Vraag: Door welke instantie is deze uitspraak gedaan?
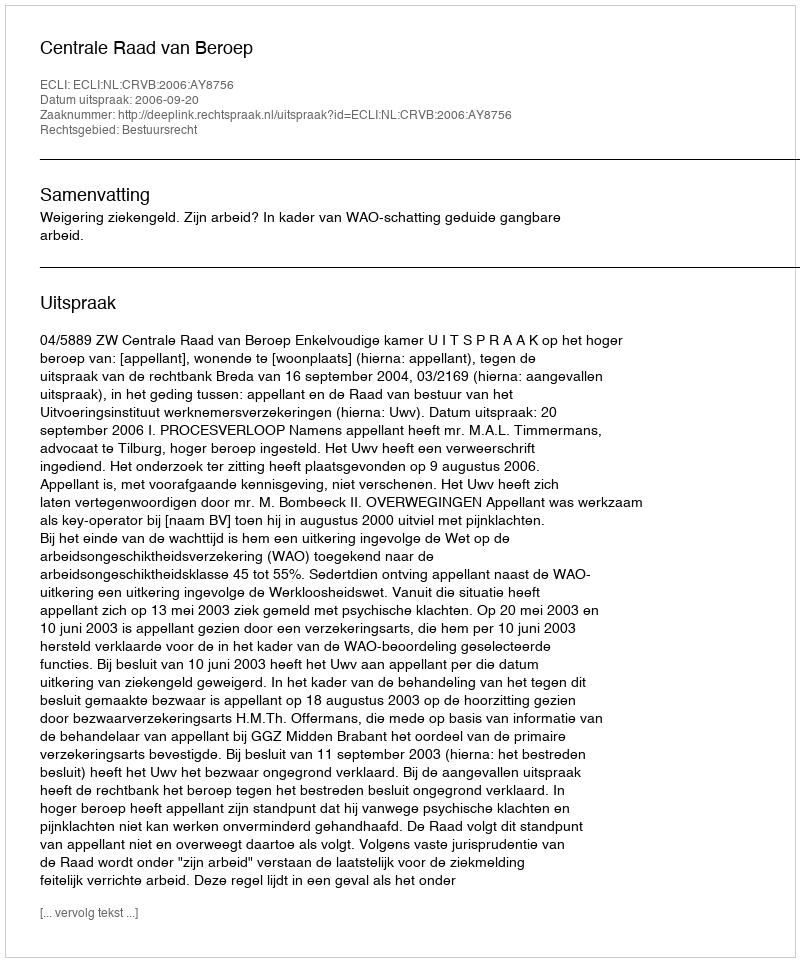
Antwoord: Centrale Raad van Beroep